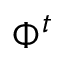
\Phi ^ { t }